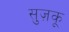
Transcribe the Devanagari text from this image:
सुज़कू